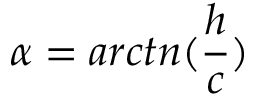
\alpha = a r c t n ( \frac { h } { c } )